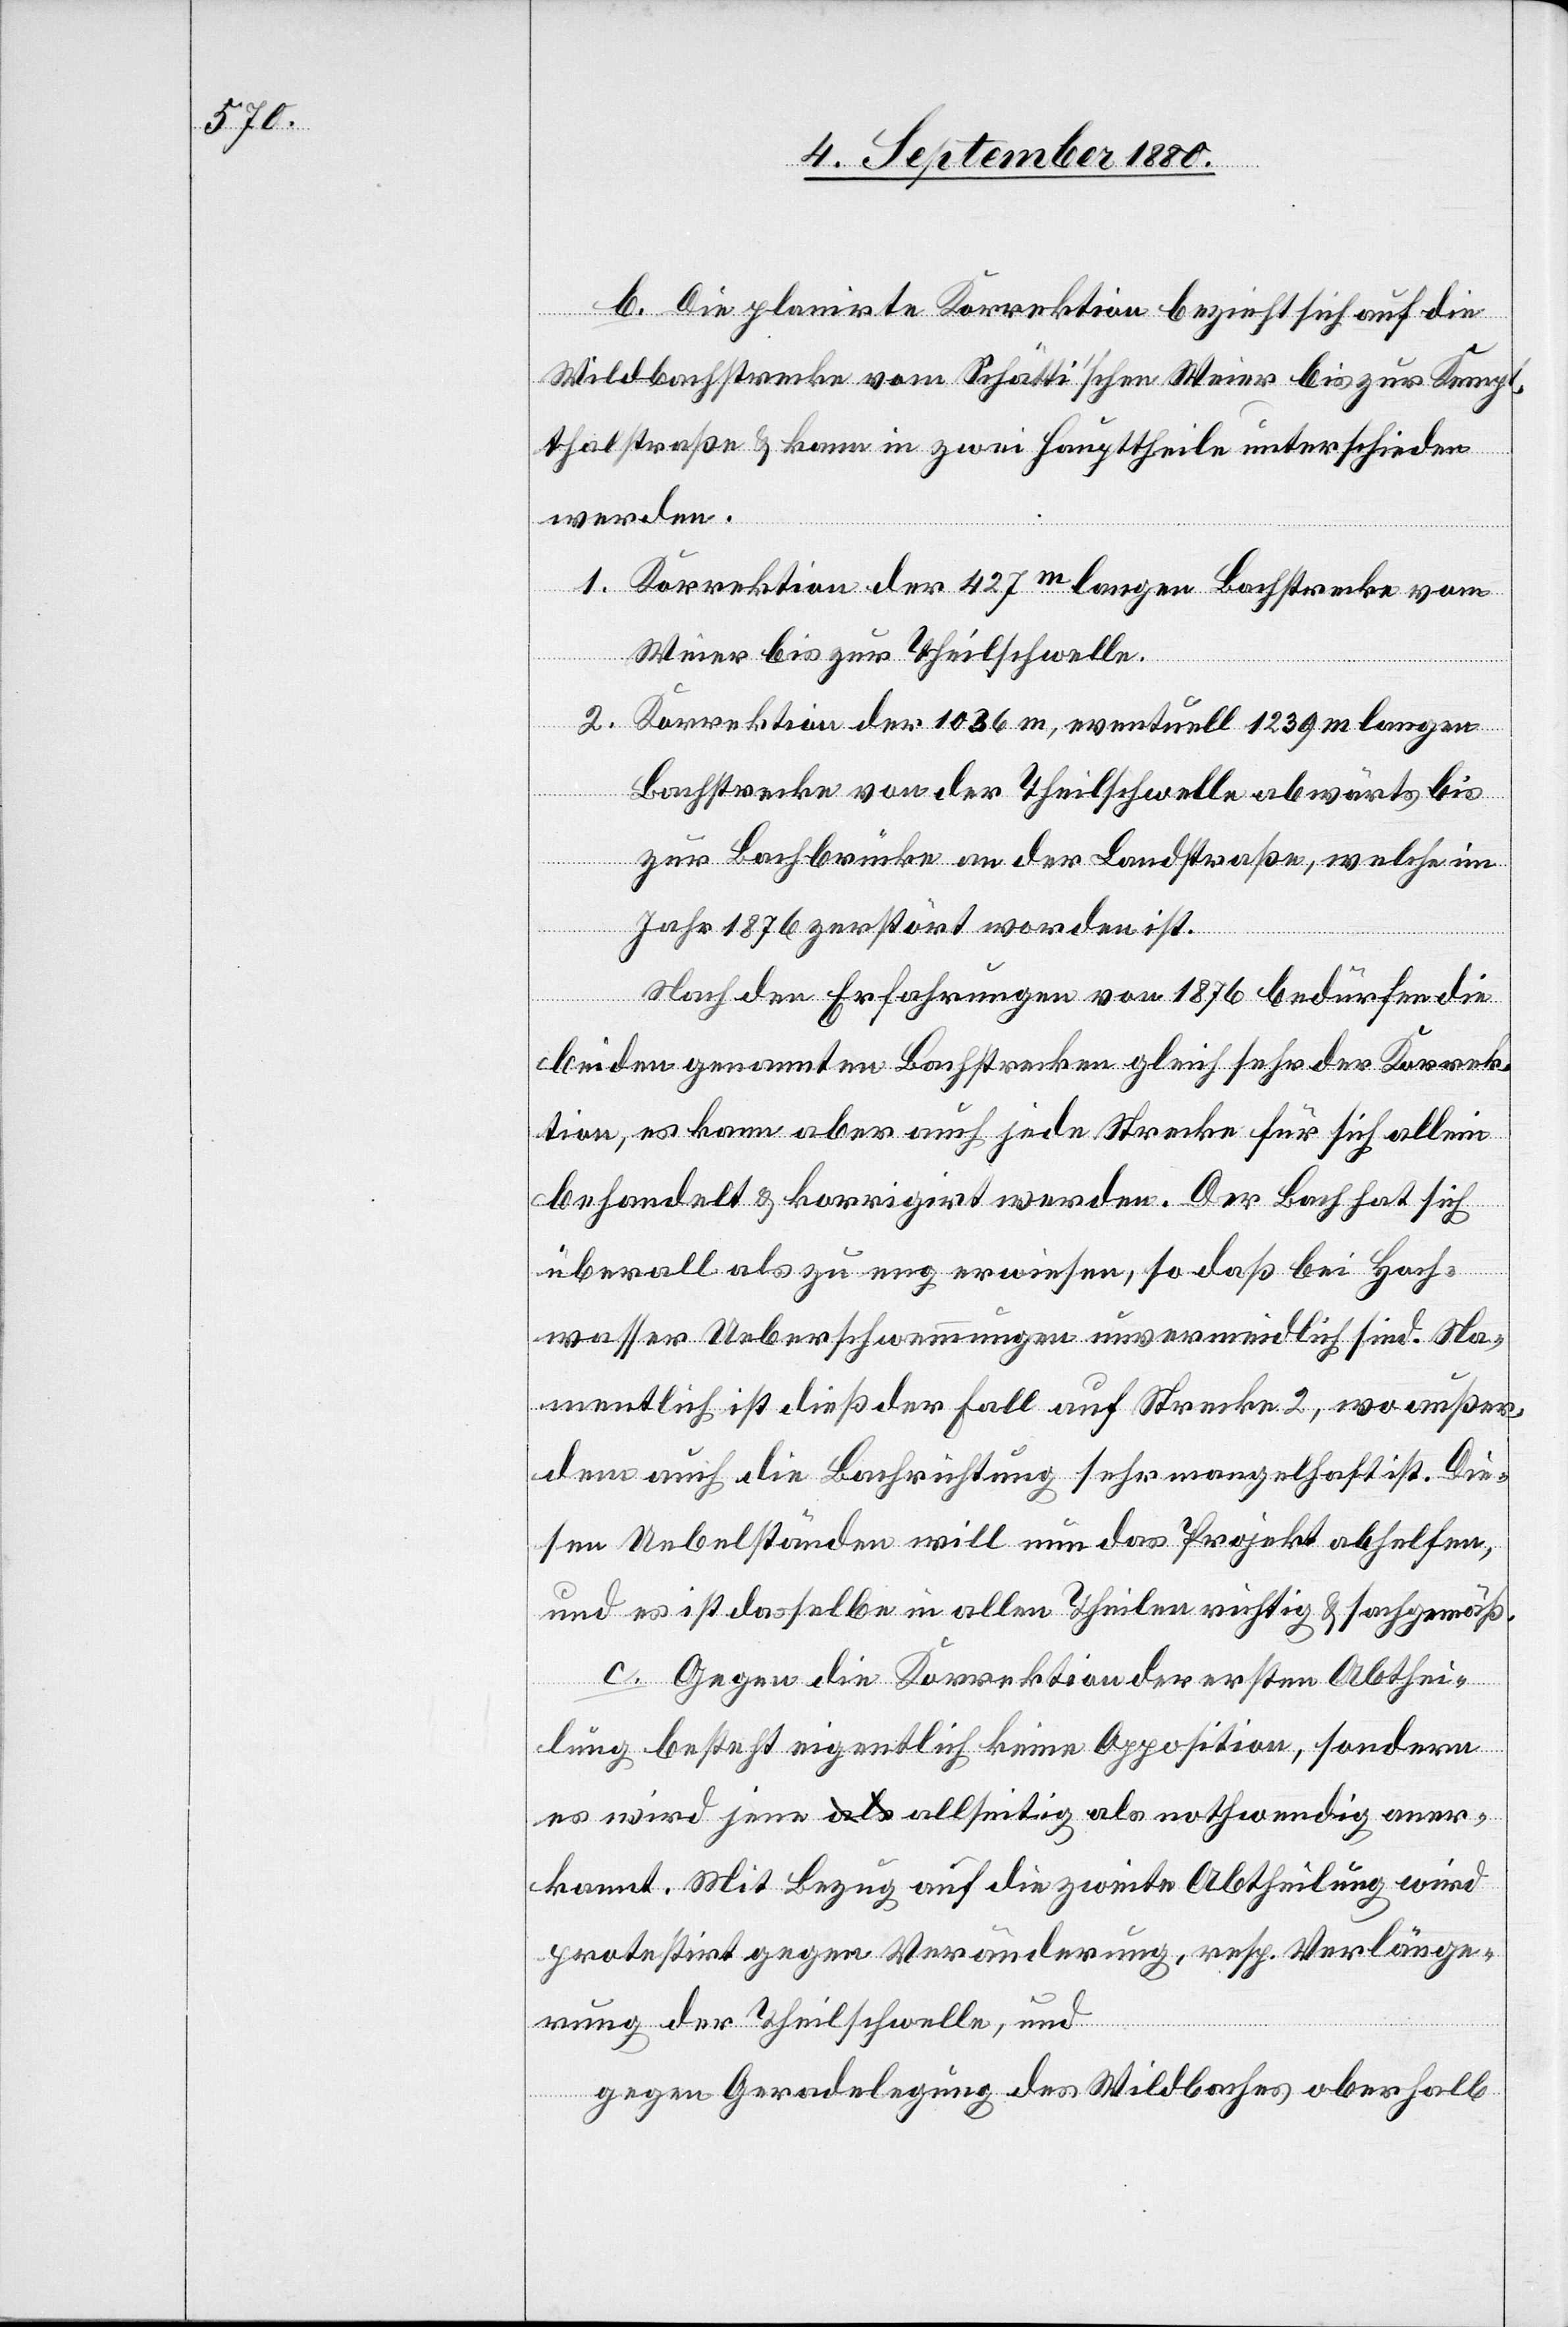
b. Die planirte Korrektion bezieht sich auf die
Wildbachstrecke vom Schätti’schen Weier bis zur Kemp¬
thalstraße & kann in zwei Haupttheile unterschieden
werden.
1. Korrektion der 427 m langen Bachstrecke vom
Weier bis zur Theilschwelle.
2. Korrektion der 1036 m, eventuell 1239 m langen
Bachstrecke von der Theilschwelle abwärts bis
zur Bachbrücke an der Landstraße, welche im
Jahr 1876 zerstört worden ist.
Nach den Erfahrungen von 1876 bedürfen die
beiden genannten Bachstrecken gleich sehr der Korrek¬
tion, es kann aber auch jede Strecke für sich allein
behandelt & korrigirt werden. Der Bach hat sich
überall als zu eng erwiesen, so daß bei Hoch¬
wasser Ueberschwemmungen unvermeidlich sind. Na¬
mentlich ist dieß der Fall auf Strecke 2, wo außer¬
dem auch die Bachrichtung sehr mangelhaft ist. Die¬
sen Uebelständen will nun das Projekt abhelfen,
und es ist dasselbe in allen Theilen richtig & sachgemäß.
c. Gegen die Korrektion der ersten Abthei¬
lung besteht eigentlich keine Opposition, sondern
es wird jene allseitig als nothwendig aner¬
kannt. Mit Bezug auf die zweit Abtheilung wird
protestirt gegen Veränderung, resp. Verlänge¬
rung der Theilschwelle, und
gegen Geradelegung des Wildbaches oberhalb